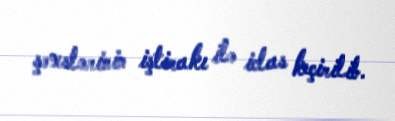
şəxslərinin iştirakı ilə iclas keçirilib.